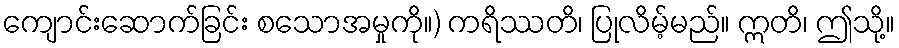
ကျောင်းဆောက်ခြင်း စသောအမှုကို။) ကရိဿတိ၊ ပြုလိမ့်မည်။ ဣတိ၊ ဤသို့။